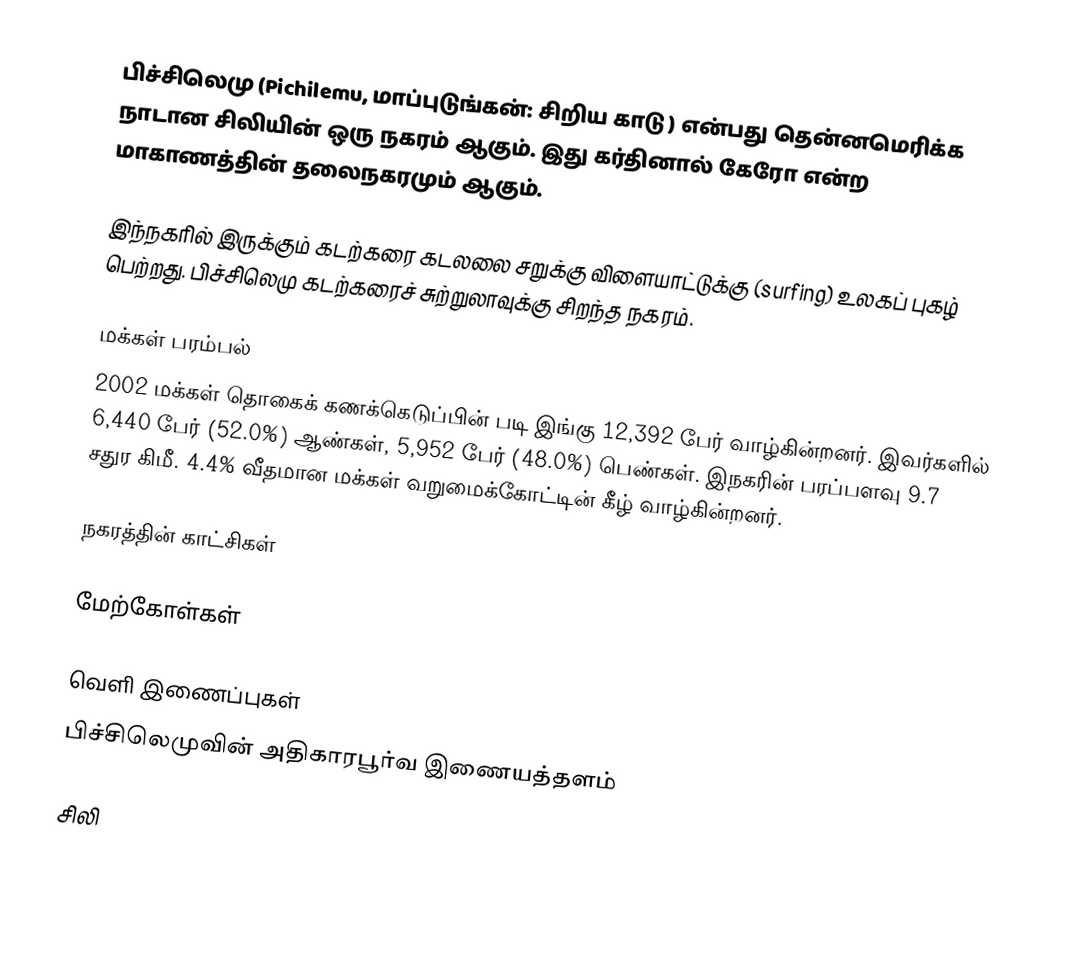
பிச்சிலெமு (Pichilemu, மாப்புடுங்கன்: சிறிய காடு ) என்பது தென்னமெரிக்க நாடான சிலியின் ஒரு நகரம் ஆகும். இது கர்தினால் கேரோ என்ற மாகாணத்தின் தலைநகரமும் ஆகும்.

இந்நகரில் இருக்கும் கடற்கரை கடலலை சறுக்கு விளையாட்டுக்கு (surfing) உலகப் புகழ் பெற்றது. பிச்சிலெமு கடற்கரைச் சுற்றுலாவுக்கு சிறந்த நகரம்.

மக்கள் பரம்பல்
2002 மக்கள் தொகைக் கணக்கெடுப்பின் படி இங்கு 12,392 பேர் வாழ்கின்றனர். இவர்களில் 6,440 பேர் (52.0%) ஆண்கள், 5,952 பேர் (48.0%) பெண்கள். இநகரின் பரப்பளவு 9.7 சதுர கிமீ. 4.4% வீதமான மக்கள் வறுமைக்கோட்டின் கீழ் வாழ்கின்றனர்.

நகரத்தின் காட்சிகள்

மேற்கோள்கள்

வெளி இணைப்புகள்
 பிச்சிலெமுவின் அதிகாரபூர்வ இணையத்தளம்

சிலி